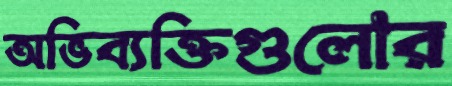
অভিব্যক্তিগুলোর